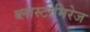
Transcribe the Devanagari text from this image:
ब्लास्टोमिरेज